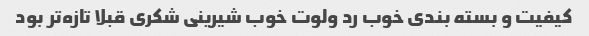
کیفیت و بسته بندی خوب رد ولوت خوب شیرینی شکری قبلا تازه‌تر بود‌